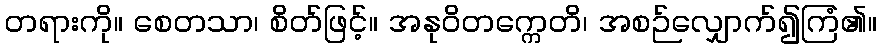
တရားကို။ စေတသာ၊ စိတ်ဖြင့်။ အနုဝိတက္ကေတိ၊ အစဉ်လျှောက်၍ကြံ၏။